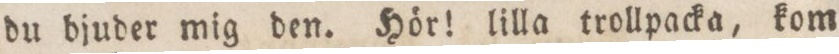
du bjuder mig den. Hör! lilla trollpacka, kom